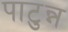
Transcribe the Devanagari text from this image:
पाटुन्न